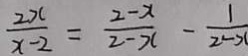
\frac { 2 x } { x - 2 } = \frac { 2 - x } { 2 - x } - \frac { 1 } { 2 - x }